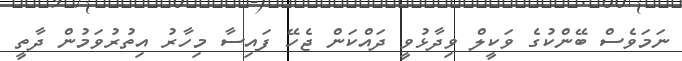
ނަމަވެސް ބޭންކުގެ ވަކީލް ވިދާޅުވީ ދައްކަން ޖެހޭ ފައިސާ މިހާރު އިތުރުވަމުން ދާތީ